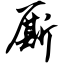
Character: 厮